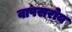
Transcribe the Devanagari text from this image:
वापसरोय